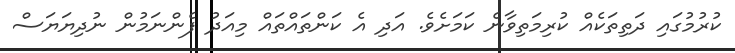
ކުރުމުގައި ދަތިތަކެއް ކުރިމަތިވާނެ ކަމަށެވެ. އަދި އެ ކަންތައްތައް މިއަދު ފެންނަމުން ނުދިޔަޔަސް